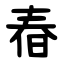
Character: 㫪